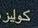
كوليز